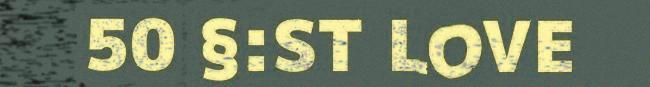
50 §:ST LOVE